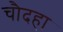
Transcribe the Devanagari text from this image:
चौदहा